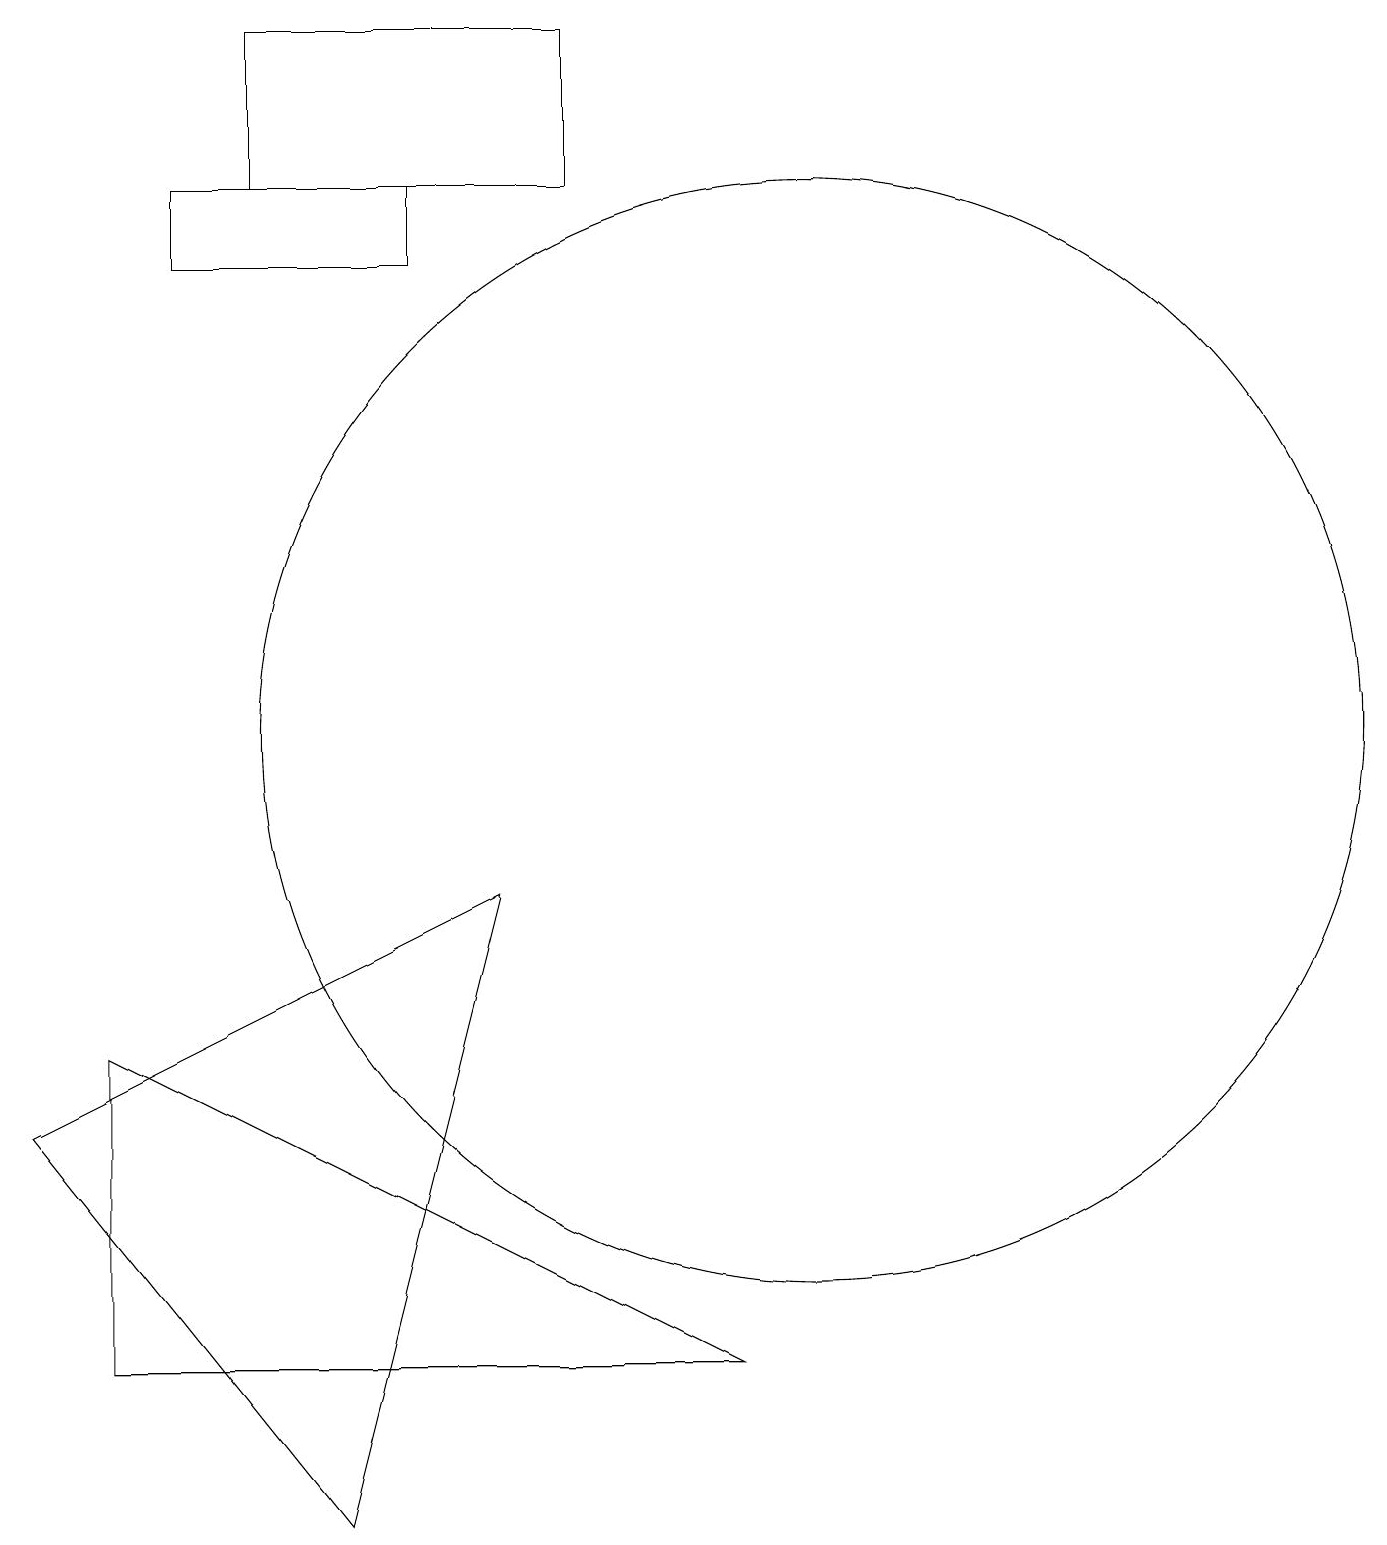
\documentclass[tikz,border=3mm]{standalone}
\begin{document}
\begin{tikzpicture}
\draw (4,0) -- (6,8) -- (0,5) -- cycle;
\draw (10,10) circle (7);
\draw (9,2) -- (1,6) -- (1,2) -- cycle;
\draw (7,19) rectangle (3,17);
\draw (2,16) rectangle (5,17);
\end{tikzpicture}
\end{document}